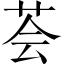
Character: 荟